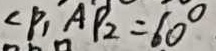
\angle P _ { 1 } A P _ { 2 } = 6 0 ^ { \circ }